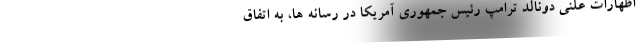
اظهارات علنی دونالد ترامپ رئیس جمهوری آمریکا در رسانه ها، به اتفاق